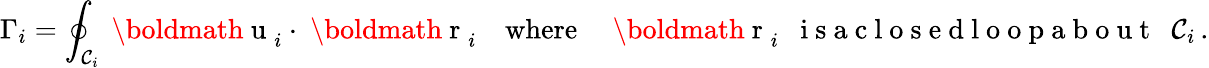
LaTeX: \Gamma_{i}=\oint_{{\cal C}_{i}}\mathrm{~\boldmath~u~}_{i}\cdot\mathrm{~\boldmath~r~}_{i}\quad\mathrm{where}\quad\mathrm{~\boldmath~r~}_{i}~~\mathrm{~i~s~a~c~l~o~s~e~d~l~o~o~p~a~b~o~u~t~}~~{\cal C}_{i}\, .